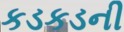
કડકડની